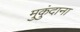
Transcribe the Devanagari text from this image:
मुकुंदाना